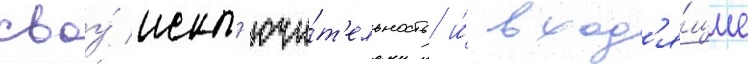
своу́ искл'ючи́т'ельность и́ вход'я́щие